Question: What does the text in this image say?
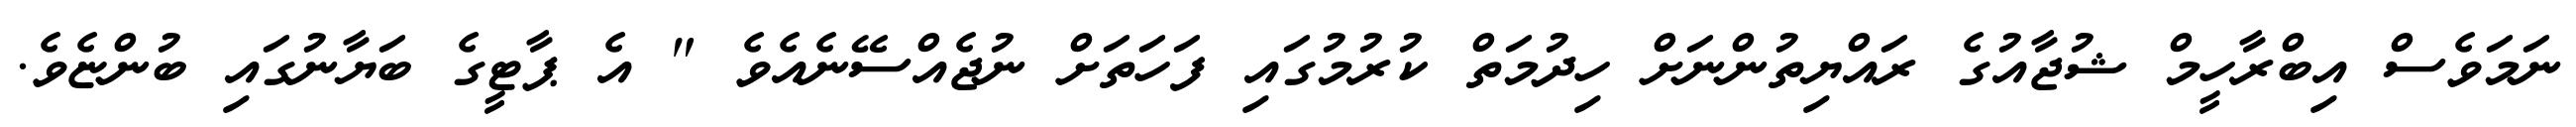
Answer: ނަމަވެސް އިބްރާހީމް ޝުޖާއުގެ ރައްޔިތުންނަށް ހިދުމަތް ކުރުމުގައި ފަހަތަށް ނުޖެއްސޭނެއެވެ " އެ ޕާޓީގެ ބަޔާނުގައި ބުންޏެވެ.